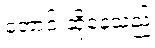
တောင်းဆိုနေသည်